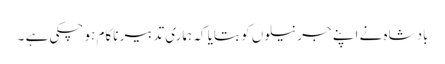
بادشاہ نے اپنے جرنیلوں کو بتایا کہ ہماری تدبیر ناکام ہو چکی ہے ۔